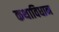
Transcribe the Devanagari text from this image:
कथाविधान